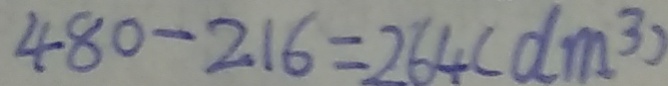
4 8 0 - 2 1 6 = 2 6 4 ( d m ^ { 3 } )